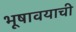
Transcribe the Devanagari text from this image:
भूषावयाची